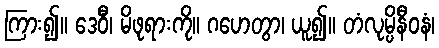
ကြား၍။ ဒေဝီံ၊ မိဖုရားကို။ ဂဟေတွာ၊ ယူ၍။ တံလုမ္ပိနီဝနံ၊